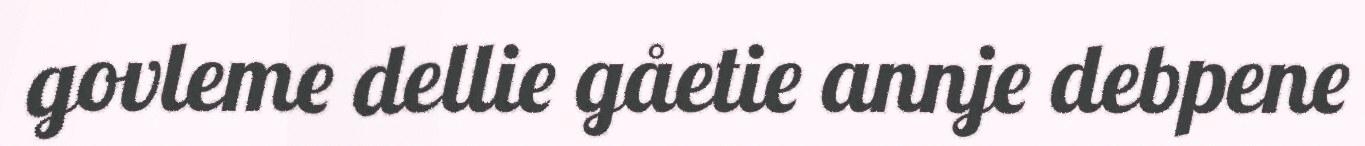
govleme dellie gåetie annje debpene